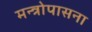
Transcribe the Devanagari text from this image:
मन्त्रोपासना